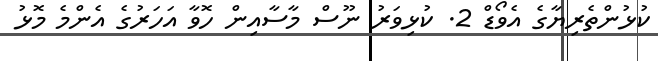
ކުޅުންތެރިޔާގެ އެވޯޑް 2. ކުޅިވަރު ނޫސް މާސާއިން ހޮވާ އަހަރުގެ އެންމެ މޮޅު